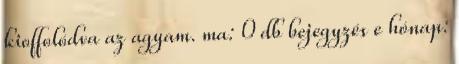
kioffolódva az agyam. ma: 0 db bejegyzés e hónap: